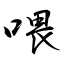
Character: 喂